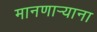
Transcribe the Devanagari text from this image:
मानणार्‍याना